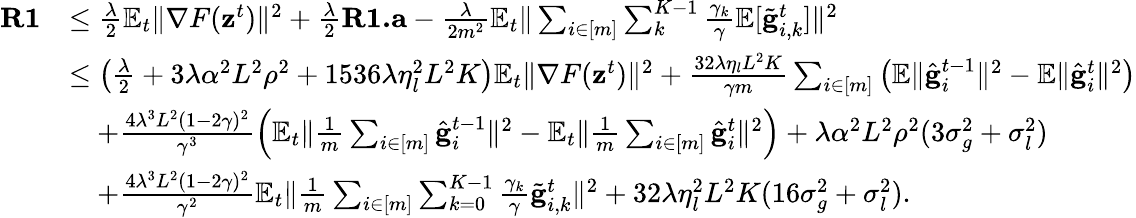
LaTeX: \begin{array}{rl}{\mathbf{R1}}&{\leq\frac{\lambda}{2}\mathbb{E}_{t}\Vert\nabla F(\mathbf{z}^{t})\Vert^{2}+\frac{\lambda}{2}\mathbf{R1.a}-\frac{\lambda}{2m^{2}}\mathbb{E}_{t}\Vert\sum_{i\in[m]}\sum_{k}^{K-1}\frac{\gamma_{k}}{\gamma}\mathbb{E}[\tilde{\mathbf{g}}_{i,k}^{t}]\Vert^{2}}\\ &{\leq\left(\frac{\lambda}{2}+3\lambda\alpha^{2}L^{2}\rho^{2}+1536\lambda\eta_{l}^{2}L^{2}K\right)\mathbb{E}_{t}\Vert\nabla F(\mathbf{z}^{t})\Vert^{2}+\frac{32\lambda\eta_{l}L^{2}K}{\gamma m}\sum_{i\in[m]}\left(\mathbb{E}\Vert\hat{\mathbf{g}}_{i}^{t-1}\Vert^{2}-\mathbb{E}\Vert\hat{\mathbf{g}}_{i}^{t}\Vert^{2}\right)}\\ &{\quad+\frac{4\lambda^{3}L^{2}(1-2\gamma)^{2}}{\gamma^{3}}\left(\mathbb{E}_{t}\Vert\frac{1}{m}\sum_{i\in[m]}\hat{\mathbf{g}}_{i}^{t-1}\Vert^{2}-\mathbb{E}_{t}\Vert\frac{1}{m}\sum_{i\in[m]}\hat{\mathbf{g}}_{i}^{t}\Vert^{2}\right)+\lambda\alpha^{2}L^{2}\rho^{2}(3\sigma_{g}^{2}+\sigma_{l}^{2})}\\ &{\quad+\frac{4\lambda^{3}L^{2}(1-2\gamma)^{2}}{\gamma^{2}}\mathbb{E}_{t}\Vert\frac{1}{m}\sum_{i\in[m]}\sum_{k=0}^{K-1}\frac{\gamma_{k}}{\gamma}\tilde{\mathbf{g}}_{i,k}^{t}\Vert^{2}+32\lambda\eta_{l}^{2}L^{2}K(16\sigma_{g}^{2}+\sigma_{l}^{2}).}\end{array}